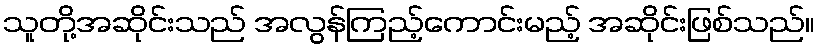
သူတို့အဆိုင်းသည် အလွန်ကြည့်ကောင်းမည့် အဆိုင်းဖြစ်သည်။